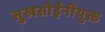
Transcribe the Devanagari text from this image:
सुखसोईंनीयुक्त